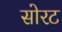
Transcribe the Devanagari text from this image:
सोरट